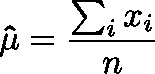
\mathbf { \hat { \mu } } = { \frac { \sum _ { i } x _ { i } } { n } }